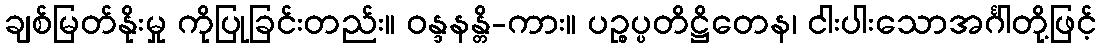
ချစ်မြတ်နိုးမှု ကိုပြုခြင်းတည်း။ ဝန္ဒနန္တိ-ကား။ ပဉ္စပ္ပတိဋ္ဌိတေန၊ ငါးပါးသောအင်္ဂါတို့ဖြင့်